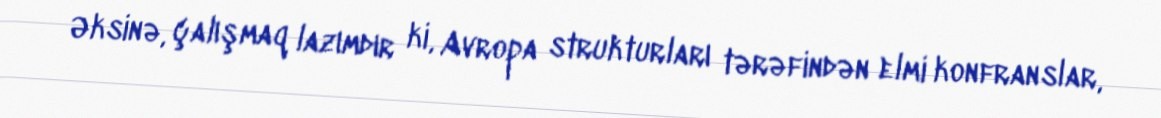
Əksinə, çalışmaq lazımdır ki, Avropa strukturları tərəfindən elmi konfranslar,